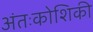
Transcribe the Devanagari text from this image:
अंतःकोशिकी